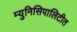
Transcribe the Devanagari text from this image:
म्युनिसिपालिटीत